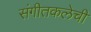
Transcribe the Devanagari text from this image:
संगीतकलेची